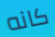
كانه